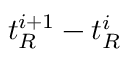
t _ { R } ^ { i + 1 } - t _ { R } ^ { i }